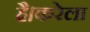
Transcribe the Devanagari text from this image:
है।करेला